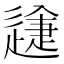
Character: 𨕽